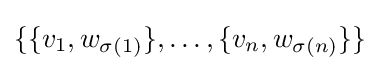
\{\{v_{1},w_{\sigma (1)}\},\ldots ,\{v_{n},w_{\sigma (n)}\}\}